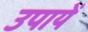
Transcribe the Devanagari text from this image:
उपायें